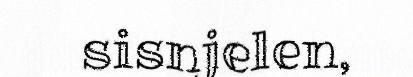
sisnjelen,